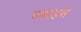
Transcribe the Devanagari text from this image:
कमांडस